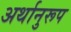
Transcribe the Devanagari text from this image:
अर्थानुरूप